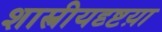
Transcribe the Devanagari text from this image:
शास्त्रीयदृष्टय़ा